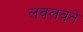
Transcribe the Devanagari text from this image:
लवलवते